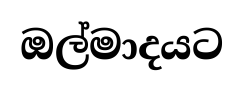
ඔල්මාදයට